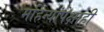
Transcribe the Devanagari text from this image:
महिन्यांपेक्षाही